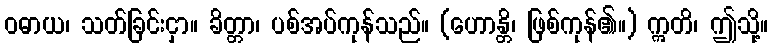
ဝဓာယ၊ သတ်ခြင်းငှာ။ ခိတ္တာ၊ ပစ်အပ်ကုန်သည်။ (ဟောန္တိ၊ ဖြစ်ကုန်၏။) ဣတိ၊ ဤသို့။